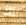
تلك